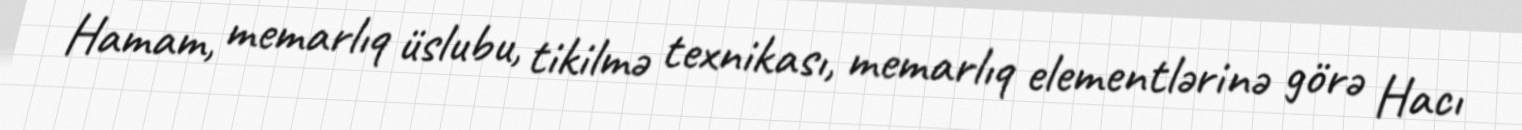
Hamam, memarlıq üslubu, tikilmə texnikası, memarlıq elementlərinə görə Hacı